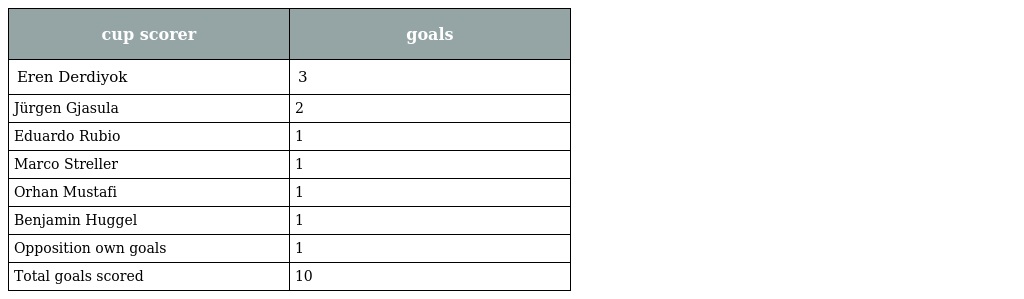
| cup scorer | goals |
 | --- | --- |
 | Eren Derdiyok | 3 |
 | Jürgen Gjasula | 2 |
 | Eduardo Rubio | 1 |
 | Marco Streller | 1 |
 | Orhan Mustafi | 1 |
 | Benjamin Huggel | 1 |
 | Opposition own goals | 1 |
 | Total goals scored | 10 |